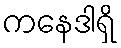
ကနေဒါရှိ